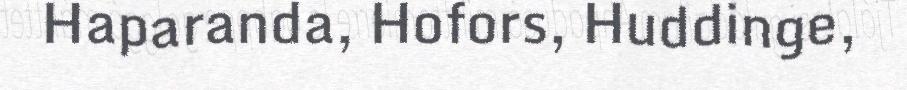
Haparanda, Hofors, Huddinge,